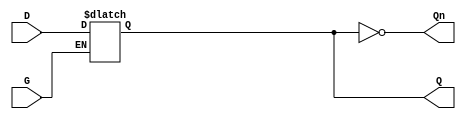
module async_gated_latch (
    input wire D,      // Data input
    input wire G,      // Gate control signal
    output reg Q,      // Output
    output wire Qn     // Complementary output
);

// Assign the complementary output
assign Qn = ~Q;

// Always block for the latch functionality
always @(*) begin
    if (G) begin
        Q = D;  // When G is high, Q follows D
    end
    // When G is low, Q retains its last value (no assignment needed)
end

endmodule